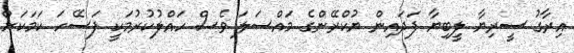
އިރާގު ސީރިޔާ ލީބިޔާ ފަދައިން ޔުކްރޭންގެ މައްސަލަ ވެސް ހައްލުކުރުމަކީ ފަސޭހަ ކަމަކަށް